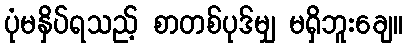
ပုံမနှိပ်ရသည့် စာတစ်ပုဒ်မျှ မရှိဘူးချေ။